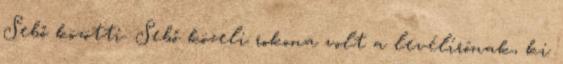
Sebő közötti. Sebő közeli rokona volt a levélírónak, ki